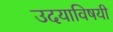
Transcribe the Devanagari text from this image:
उदयाविषयी